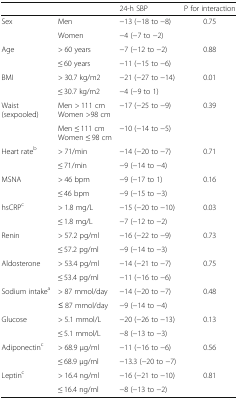
<table><thead><tr><td></td><td></td><td><b>24-h SBP</b></td><td><b>P for interaction</b></td></tr></thead><tbody><tr><td rowspan="2">Sex</td><td>Men</td><td>−13 (−18 to −8)</td><td rowspan="2">0.75</td></tr><tr><td>Women</td><td>−4 (−7 to −2)</td></tr><tr><td rowspan="2">Age</td><td>&gt; 60 years</td><td>−7 (−12 to −2)</td><td rowspan="2">0.88</td></tr><tr><td>≤ 60 years</td><td>−11 (−15 to −6)</td></tr><tr><td rowspan="2">BMI</td><td>&gt; 30.7 kg/m2</td><td>−21 (−27 to −14)</td><td rowspan="2">0.01</td></tr><tr><td>≤ 30.7 kg/m2</td><td>−4 (−9 to 1)</td></tr><tr><td rowspan="2">Waist (sexpooled)</td><td>Men &gt; 111 cmWomen &gt;98 cm</td><td>−17 (−25 to −9)</td><td rowspan="2">0.39</td></tr><tr><td>Men ≤ 111 cmWomen ≤ 98 cm</td><td>−10 (−14 to −5)</td></tr><tr><td rowspan="2">Heart rate<sup>b</sup></td><td>&gt; 71/min</td><td>−14 (−20 to −7)</td><td rowspan="2">0.71</td></tr><tr><td>≤ 71/min</td><td>−9 (−14 to −4)</td></tr><tr><td rowspan="2">MSNA</td><td>&gt; 46 bpm</td><td>−9 (−17 to 1)</td><td rowspan="2">0.16</td></tr><tr><td>≤ 46 bpm</td><td>−9 (−15 to −3)</td></tr><tr><td rowspan="2">hsCRP<sup>c</sup></td><td>&gt; 1.8 mg/L</td><td>−15 (−20 to −10)</td><td rowspan="2">0.03</td></tr><tr><td>≤ 1.8 mg/L</td><td>−7 (−12 to −2)</td></tr><tr><td rowspan="2">Renin</td><td>&gt; 57.2 pg/ml</td><td>−16 (−22 to −9)</td><td rowspan="2">0.73</td></tr><tr><td>≤ 57.2 pg/ml</td><td>−9 (−14 to −3)</td></tr><tr><td rowspan="2">Aldosterone</td><td>&gt; 53.4 pg/ml</td><td>−14 (−21 to −7)</td><td rowspan="2">0.75</td></tr><tr><td>≤ 53.4 pg/ml</td><td>−11 (−16 to −6)</td></tr><tr><td rowspan="2">Sodium intake<sup>a</sup></td><td>&gt; 87 mmol/day</td><td>−14 (−20 to −7)</td><td rowspan="2">0.48</td></tr><tr><td>≤ 87 mmol/day</td><td>−9 (−14 to −4)</td></tr><tr><td rowspan="2">Glucose</td><td>&gt; 5.1 mmol/L</td><td>−20 (−26 to −13)</td><td rowspan="2">0.13</td></tr><tr><td>≤ 5.1 mmol/L</td><td>−8 (−13 to −3)</td></tr><tr><td rowspan="2">Adiponectin<sup>c</sup></td><td>&gt; 68.9 μg/ml</td><td>−11 (−16 to −6)</td><td rowspan="2">0.56</td></tr><tr><td>≤ 68.9 μg/ml</td><td>−13.3 (−20 to −7)</td></tr><tr><td rowspan="2">Leptin<sup>c</sup></td><td>&gt; 16.4 ng/ml</td><td>−16 (−21 to −10)</td><td rowspan="2">0.81</td></tr><tr><td>≤ 16.4 ng/ml</td><td>−8 (−13 to −2)</td></tr></tbody></table>